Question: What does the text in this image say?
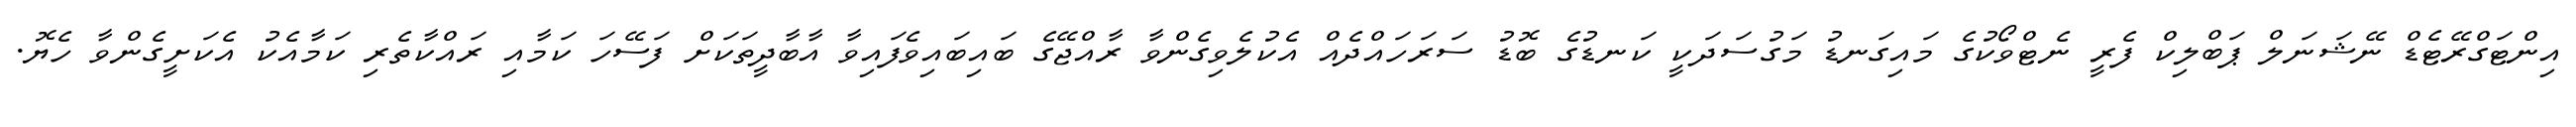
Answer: އިންޓަގްރޭޓެޑް ނޭޝަނަލް ޕަބްލިކް ފެރީ ނެޓްވޯކުގެ މައިގަނޑު މަގުސަދަކީ ކަނޑުގެ ބޮޑު ސަރަހައްދެއް އެކުލެވިގެންވާ ރާއްޖޭގެ ބައިބައިވެފައިވާ އާބާދީތަކަށް ފަސޭހަ ކަމާއި ރައްކާތެރި ކަމާއެކު އެކަށީގެންވާ ހެޔޮ.